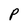
Character: P